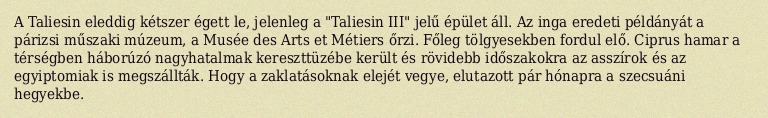
A Taliesin eleddig kétszer égett le, jelenleg a "Taliesin III" jelű épület áll. Az inga eredeti példányát a párizsi műszaki múzeum, a Musée des Arts et Métiers őrzi. Főleg tölgyesekben fordul elő. Ciprus hamar a térségben háborúzó nagyhatalmak kereszttüzébe került és rövidebb időszakokra az asszírok és az egyiptomiak is megszállták. Hogy a zaklatásoknak elejét vegye, elutazott pár hónapra a szecsuáni hegyekbe.